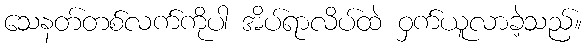
သေနတ်တစ်လက်ကိုပါ အိပ်ရာလိပ်ထဲ ဝှက်ယူလာခဲ့သည်။